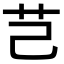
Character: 芑